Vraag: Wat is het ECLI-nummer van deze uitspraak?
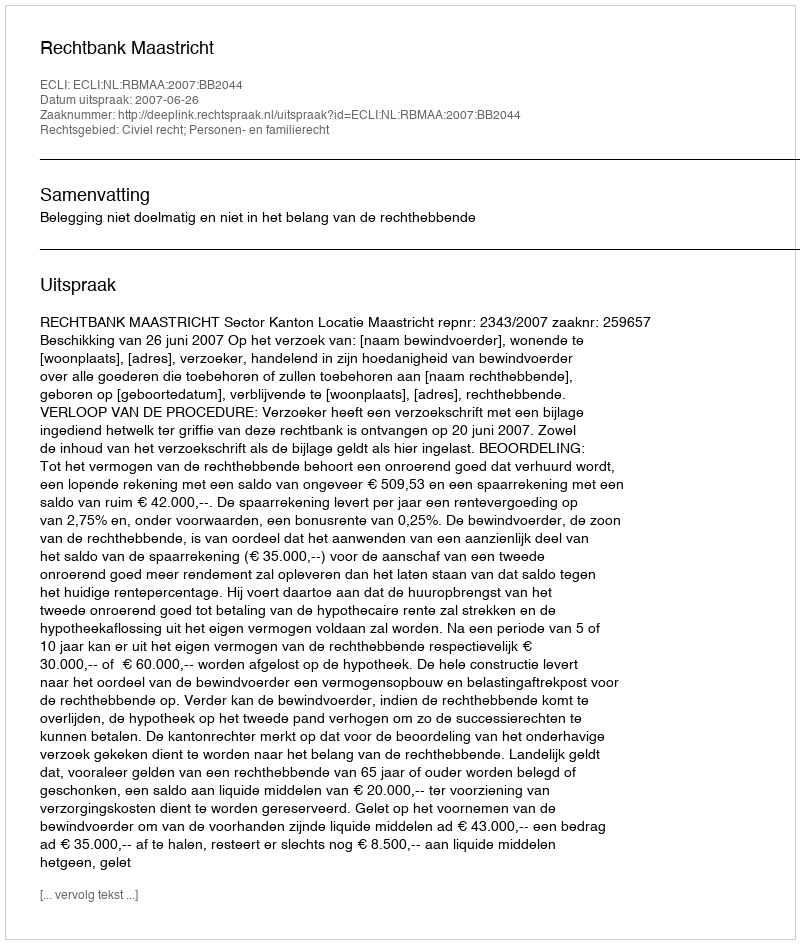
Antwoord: ECLI:NL:RBMAA:2007:BB2044